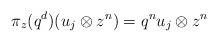
LaTeX: \begin{align*}\pi_z(q^d)(u_j\otimes z^n)=q^nu_j\otimes z^n\end{align*}